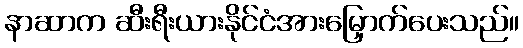
နာဆာက ဆီးရီးယားနိုင်ငံအားမြှောက်ပေးသည်။